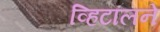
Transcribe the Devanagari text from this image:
व्हिटॉलने